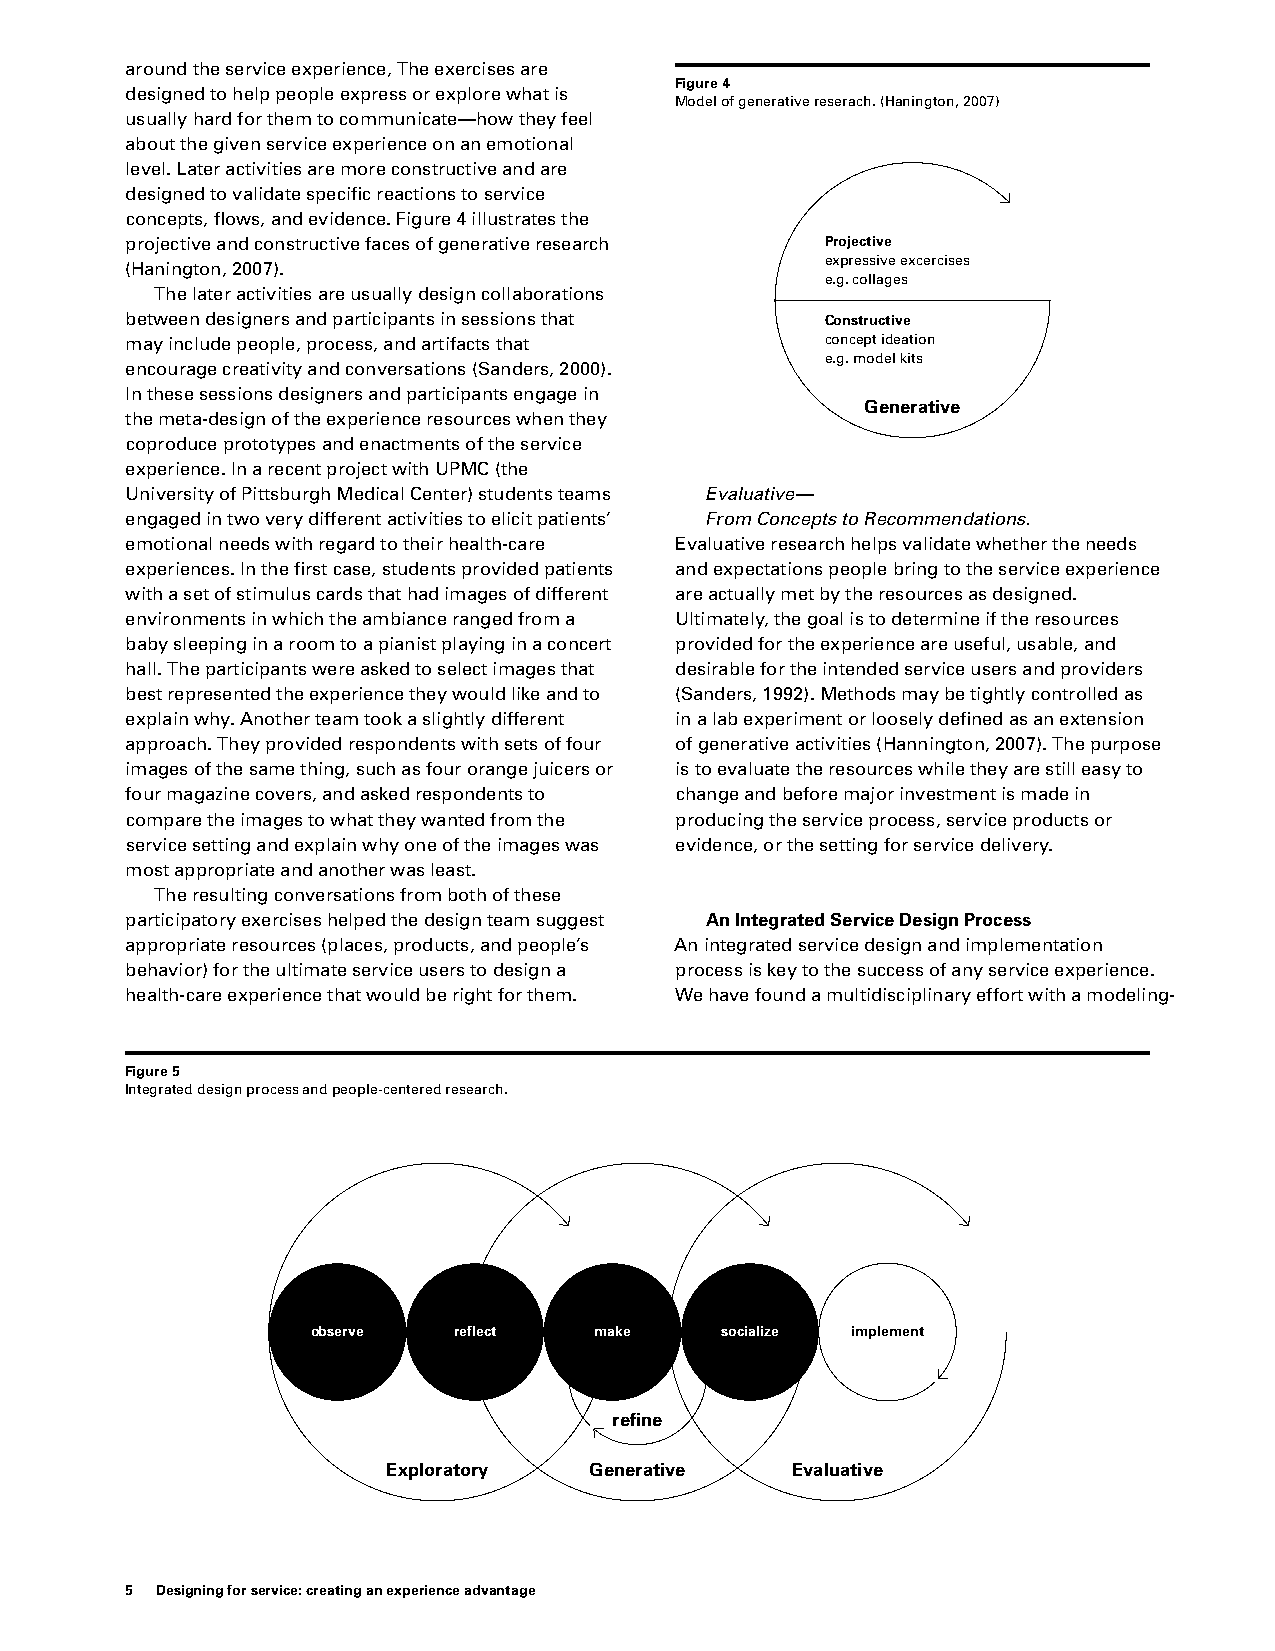
around the service experience, The exercises are
 Figure 4
 designed to help people express or explore what is
 Model of generative reserach. (Hanington, 2007)
 usually hard for them to communicate—how they feel
 about the given service experience on an emotional
 level. Later activities are more constructive and are
 designed to validate specific reactions to service
 concepts, flows, and evidence. Figure 4 illustrates the
 projective and constructive faces of generative research Projective
 expressive excercises
 (Hanington, 2007).
 e.g. collages
 The later activities are usually design collaborations
 between designers and participants in sessions that Constructive
 may include people, process, and artifacts that concept ideation
 e.g. model kits
 encourage creativity and conversations (Sanders, 2000).
 In these sessions designers and participants engage in
 Generative
 the meta-design of the experience resources when they
 coproduce prototypes and enactments of the service
 experience. In a recent project with UPMC (the
 University of Pittsburgh Medical Center) students teams Evaluative—
 engaged in two very different activities to elicit patients’ From Concepts to Recommendations.
 emotional needs with regard to their health-care Evaluative research helps validate whether the needs
 experiences. In the first case, students provided patients and expectations people bring to the service experience
 with a set of stimulus cards that had images of different are actually met by the resources as designed.
 environments in which the ambiance ranged from a Ultimately, the goal is to determine if the resources
 baby sleeping in a room to a pianist playing in a concert provided for the experience are useful, usable, and
 hall. The participants were asked to select images that desirable for the intended service users and providers
 best represented the experience they would like and to (Sanders, 1992). Methods may be tightly controlled as
 explain why. Another team took a slightly different in a lab experiment or loosely defined as an extension
 approach. They provided respondents with sets of four of generative activities (Hannington, 2007). The purpose
 images of the same thing, such as four orange juicers or is to evaluate the resources while they are still easy to
 four magazine covers, and asked respondents to change and before major investment is made in
 compare the images to what they wanted from the producing the service process, service products or
 service setting and explain why one of the images was evidence, or the setting for service delivery.
 most appropriate and another was least.
 The resulting conversations from both of these
 participatory exercises helped the design team suggest An Integrated Service Design Process
 appropriate resources (places, products, and people’s An integrated service design and implementation
 behavior) for the ultimate service users to design a process is key to the success of any service experience.
 health-care experience that would be right for them. We have found a multidisciplinary effort with a modeling-
 Figure 5
 Integrated design process and people-centered research.
 observe  reflect  make     socialize implement
 refine
 Exploratory  Generative   Evaluative
 5 Designing for service: creating an experience advantage